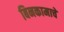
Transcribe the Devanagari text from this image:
बिनकामाचे